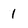
Character: 1